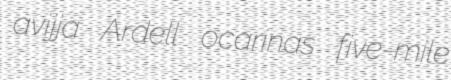
avijja Ardell ocarinas five-mile